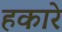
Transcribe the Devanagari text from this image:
हकारे